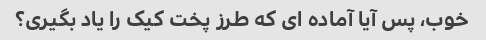
خوب، پس آیا آماده ای که طرز پخت کیک را یاد بگیری؟